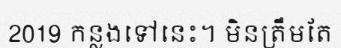
2019 កន្លងទៅនេះ។ មិនត្រឹមតែ